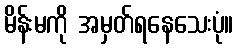
မိန်းမကို အမှတ်ရနေသေးပုံ။